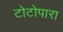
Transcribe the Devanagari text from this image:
टोटोपारा